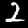
Digit: 2